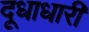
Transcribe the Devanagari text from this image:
दूधाधारी